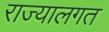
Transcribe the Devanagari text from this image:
राज्यालगत